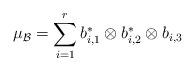
LaTeX: \begin{align*}\mu_\mathcal{B}=\sum_{i=1}^r b^*_{i,1}\otimes b^*_{i,2}\otimes b_{i,3}\end{align*}